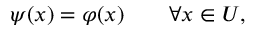
\psi ( x ) = \varphi ( x ) \qquad \forall x \in U ,